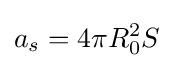
a_{s}=4\pi R_{0}^{2}S